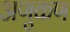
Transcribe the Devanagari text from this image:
अणुकण